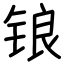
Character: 锒